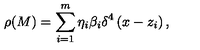
\rho ( M ) = \sum _ { i = 1 } ^ { m } \eta _ { i } \beta _ { i } \delta ^ { 4 } \left( x - z _ { i } \right) ,